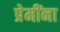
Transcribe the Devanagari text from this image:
प्रेमींना